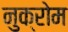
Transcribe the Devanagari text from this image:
नुक्रोम